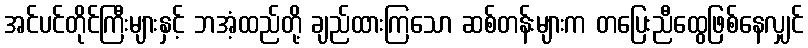
အင်ပင်တိုင်ကြီးများနှင့် ဘအံ့ထည်တို့ ချည်ထားကြသော ဆစ်တန်းများက တပြေးညီထွေဖြစ်နေလျှင်